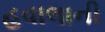
હવાલાની